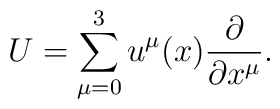
U = \sum_{\mu = 0}^{3} u^{\mu }(x)\frac{\partial }{\partial x^{\mu }}.